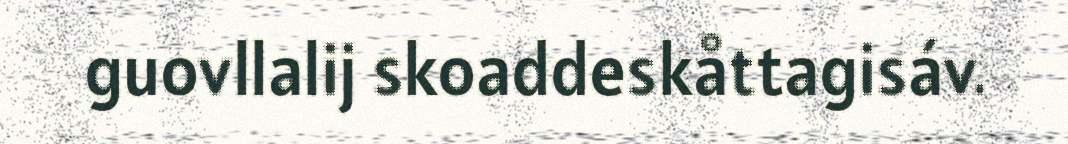
guovllalij skoaddeskåttagisáv.